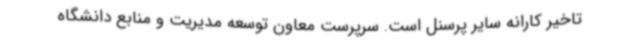
تاخیر کارانه سایر پرسنل است. سرپرست معاون توسعه مدیریت و منابع دانشگاه